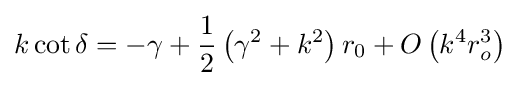
k\cot \delta =-\gamma +{\frac {1}{2}}\left(\gamma ^{2}+k^{2}\right)r_{0}+O\left(k^{4}r_{o}^{3}\right)